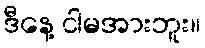
ဒီနေ့ ငါမအားဘူး။